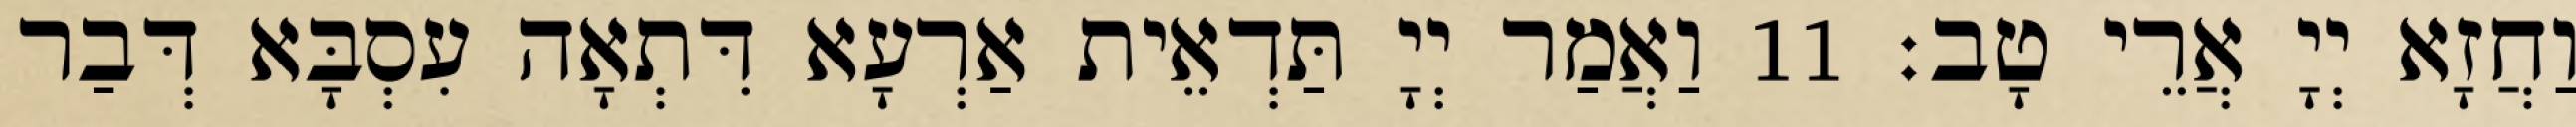
וַחֲזָא יְיָ אֲרֵי טָב׃ 11 וַאֲמַר יְיָ תַּדְאֵית אַרְעָא דִּתְאָה עִסְבָּא דְּבַר